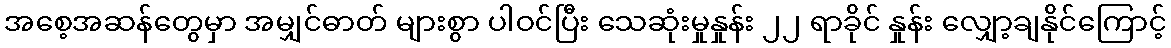
အစေ့အဆန်တွေမှာ အမျှင်ဓာတ် များစွာ ပါဝင်ပြီး သေဆုံးမှုနှုန်း ၂၂ ရာခိုင် နှုန်း လျှော့ချနိုင်ကြောင့်